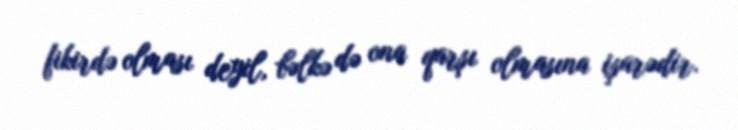
fikirdə olması deyil, bəlkə də ona qarşı olmasına işarədir.